Indian journal of veterinary science and animal husbandry - Volume 5,
Year: 1935
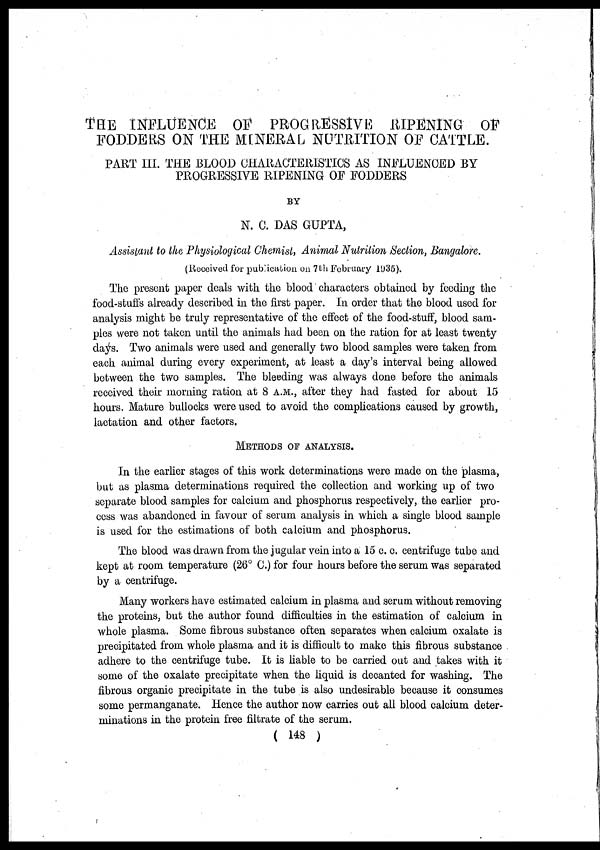
THE INFLUENCE OF PROGRESSIVE RIPENING OF
FODDERS ON THE MINERAL NUTRITION OF CATTLE.
PART III. THE BLOOD CHARACTERISTICS AS INFLUENCED BY
PROGRESSIVE RIPENING OF FODDERS
BY
N. C. DAS GUPTA,
Assistant to the Physiological Chemist, Animal Nutrition Section, Bangalore.
(Received for publication on 7th February 1935).
The present paper deals with the blood characters obtained by feeding the
food-stuffs already described in the first paper. In order that the blood used for
analysis might be truly representative of the effect of the food-stuff, blood sam-
ples were not taken until the animals had been on the ration for at least twenty
days. Two animals were used and generally two blood samples were taken from
each animal during every experiment, at least a day's interval being allowed
between the two samples. The bleeding was always done before the animals
received their morning ration at 8 A.M., after they had fasted for about 15
hours. Mature bullocks were used to avoid the complications caused by growth,
lactation and other factors.
METHODS OF ANALYSIS.
In the earlier stages of this work determinations were made on the plasma,
but as plasma determinations required the collection and working up of two
separate blood samples for calcium and phosphorus respectively, the earlier pro-
cess was abandoned in favour of serum analysis in which a single blood sample
is used for the estimations of both calcium and phosphorus.
The blood was drawn from the jugular vein into a 15 c. c. centrifuge tube and
kept at room temperature (26° C.) for four hours before the serum was separated
by a centrifuge.
Many workers have estimated calcium in plasma and serum without removing
the proteins, but the author found difficulties in the estimation of calcium in
whole plasma. Some fibrous substance often separates when calcium oxalate is
precipitated from whole plasma and it is difficult to make this fibrous substance
adhere to the centrifuge tube. It is liable to be carried out and takes with it
some of the oxalate precipitate when the liquid is decanted for washing. The
fibrous organic precipitate in the tube is also undesirable because it consumes
some permanganate. Hence the author now carries out all blood calcium deter-
minations in the protein free filtrate of the serum.
( 148 )